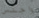
واجلس